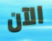
الآن